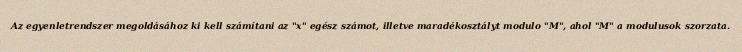
Az egyenletrendszer megoldásához ki kell számítani az "x" egész számot, illetve maradékosztályt modulo "M", ahol "M" a modulusok szorzata.